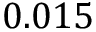
0 . 0 1 5